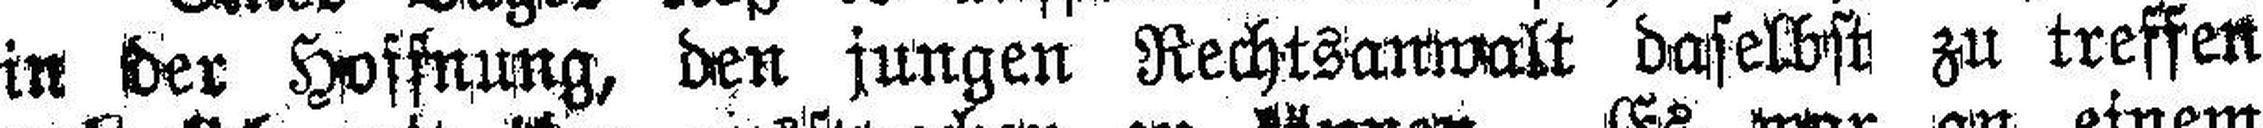
in der Hoffnung, den jungen Rechtsanwalt daselbst zu treffen